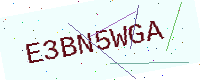
Text: E3BN5WGA